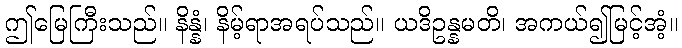
ဤမြေကြီးသည်။ နိန္နံ၊ နိမ့်ရာအရပ်သည်။ ယဒိဥန္နမတိ၊ အကယ်၍မြင့်အံ့။